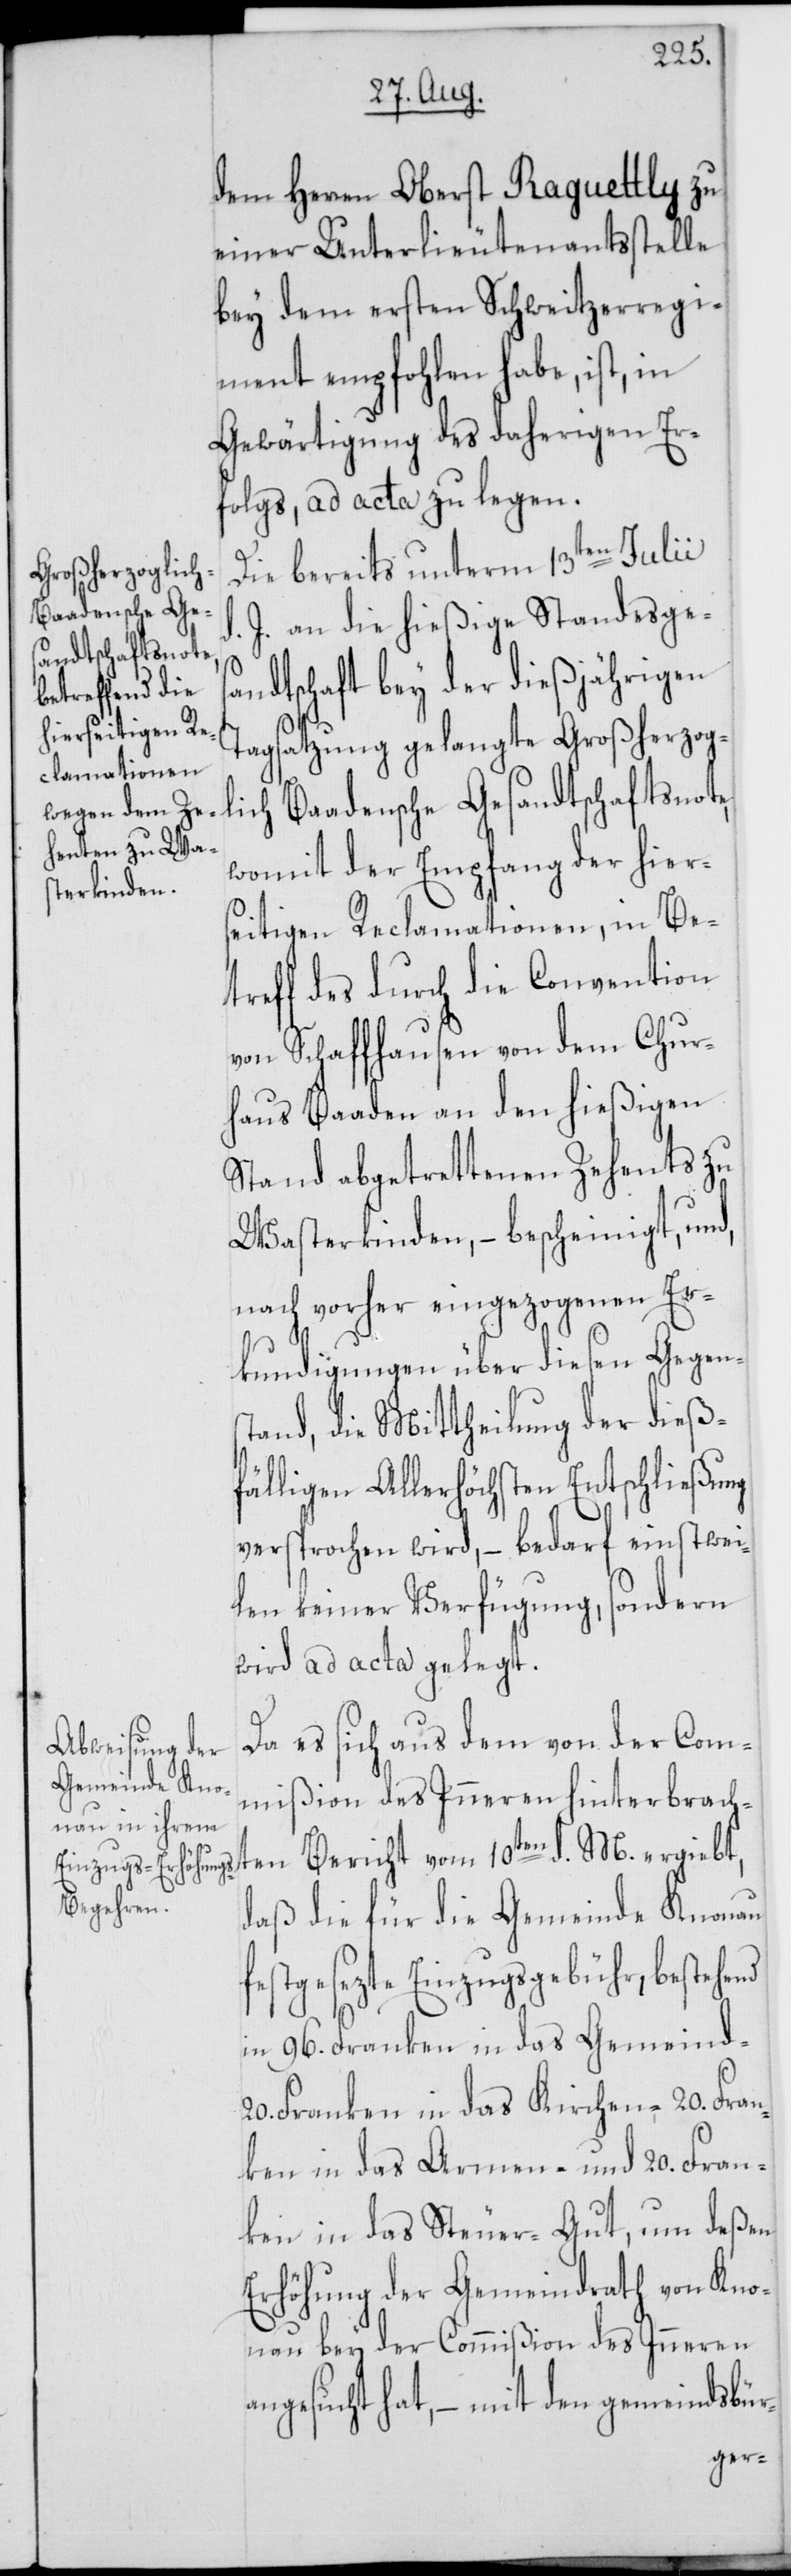
20. Fran¬
dem Herren Oberst Raguettly zu
einer Unterlieutenantsstelle
bey dem 1sten Schweitzerregi¬
ment empfohlen habe, ist, in
Gewärtigung des daherigen Er¬
folgs, ad acta zu legen.
Die bereits unterm 13ten Julii
J. an die hießige Standesges¬
andtschaft bey der diesjährigen
Tagsatzung gelangte Großherzog¬
lich Baadensche Gesandtschaftsnote,
womit der Empfang der hier¬
seitigen Reclamationen, in Be¬
treff des durch die Convention
von Schaffhausen von dem Chur¬
haus Baaden an den hießigen
Stand abgetrettenen Zehents zu
Wasterkinden, – bescheinigt, und,
nach vorher eingezogenen Er¬
kundigungen über diesen Gegen¬
stand, die Mittheilung der dieß¬
fälligen Allerhöchsten Entschließung
versprochen wird, – bedarf einstwei¬
len keiner Verfügung, sondern
wird ad acta gelegt.
Da es sich aus dem von der Com¬
mißion des Inneren hinterbracht¬
daß die für die Gemeinde Knonau
festgesezte Einzugsgebühr, bestehend
in 96. Franken in das Gemeind-[,]
20. Franken in das Kirchen-[,]
ken in das Armen- und 20. Fran¬
ken in das Steuer-Gut, um deßen
Erhöhung der Gemeindrath von Kno¬
nau bey der Commißion des Inneren
angesucht hat, – mit den gemeindsbür-
en